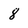
Character: 8